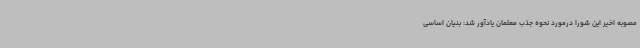
مصوبه اخیر این شورا درمورد نحوه جذب معلمان یادآور شد: بنیان اساسی